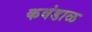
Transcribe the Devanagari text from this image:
कवंडाळ